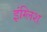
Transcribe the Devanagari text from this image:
इंग्‍लिश